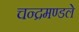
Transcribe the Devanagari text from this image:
चन्द्रमण्डले